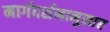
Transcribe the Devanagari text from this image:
मार्गदर्शनानुसार